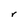
Character: r